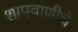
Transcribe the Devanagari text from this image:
शापवाणीचे